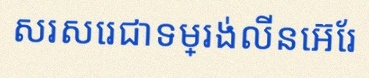
សរសេរជាទម្រង់លីនេអ៊ែរ